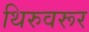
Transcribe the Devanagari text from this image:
थिरुवरूर